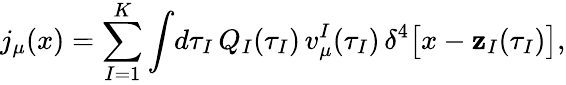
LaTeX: j_{\mu}(x)=\sum_{I=1}^{K}\int\! d\tau_{I}\, Q_{I}(\tau_{I})\, v_{\mu}^{I}(\tau_{I})\, \delta^{4}\bigl[x-\mathbf{z}_{I}(\tau_{I})\bigr],